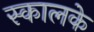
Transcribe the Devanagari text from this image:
स्कालके